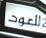
للعود